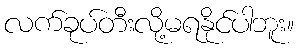
လက်ခုပ်တီးလို့မရနိုင်ပါဘူး။